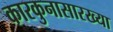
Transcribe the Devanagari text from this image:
कारकुनासारख्या